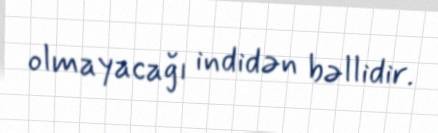
olmayacağı indidən bəllidir.